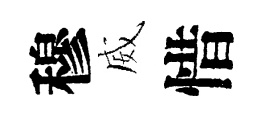
穆威惜